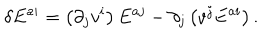
\delta E ^ { a i } = \left( \partial _ { j } v ^ { i } \right) E ^ { a j } - \partial _ { j } \left( v ^ { j } E ^ { a i } \right) .